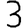
Digit: 3